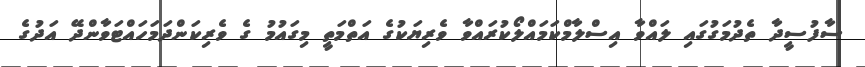
ސާފުސީދާ ތެދުމަގުގައި ލައްވާ އިސްލާމްކަމައްލޯކުރައްވާ ވެރިޔަކުގެ އަތްމަތީ މިގައުމު ގެ ވެރިކަންދަމަހައްޓަވާންދޭ އަދުގެ